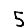
Digit: 5